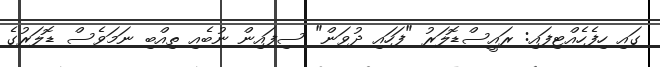
ގައި ހިފެހެއްޓިފައި: ރައީސްޑޮލަރު "ފަހައި ދުވަަން" ސިފައިން ނުބެއި ތިއްބި ނަމަވެސް ޑޮލަރުގެ